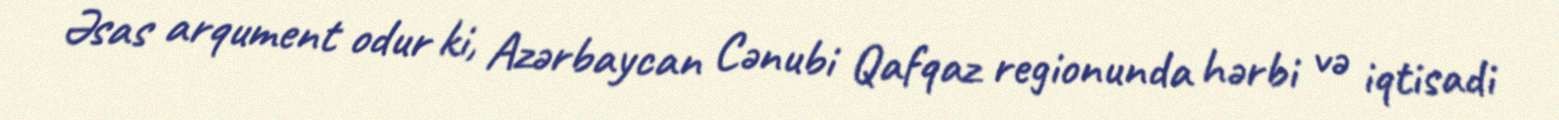
Əsas arqument odur ki, Azərbaycan Cənubi Qafqaz regionunda hərbi və iqtisadi